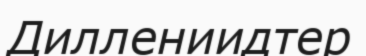
Диллениидтер